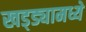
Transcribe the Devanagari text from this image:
खड्ड्यामध्ये